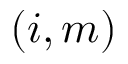
( i , m )